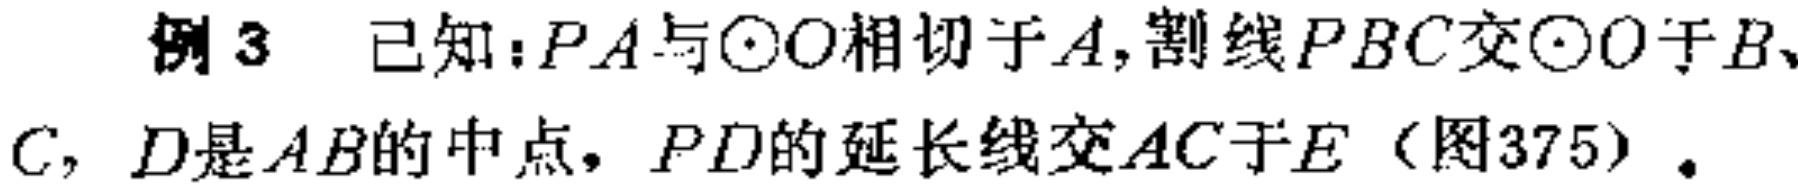
例 3 已知：\(PA\)与\(\odot O\)相切于\(A\)，割线\(PBC\)交\(\odot O\)于\(B\)、\(C\)，\(D\)是\(AB\)的中点，\(PD\)的延长线交\(AC\)于\(E\)（图375）。